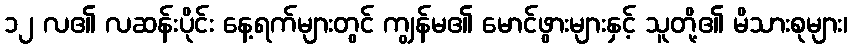
၁၂ လ၏ လဆန်းပိုင်း နေ့ရက်များတွင် ကျွန်မ၏ မောင်ဖွားများနှင့် သူတို့၏ မိသားစုများ၊